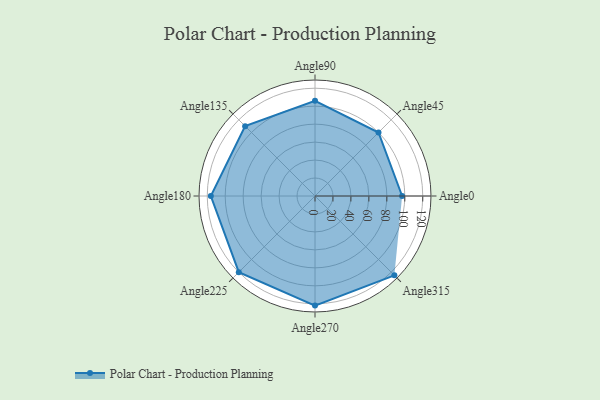
{"axis": {"x": "Angle", "y": "Radius"}, "legend": [""], "data": [{"x": "Angle0", "y": 97.0, "type": ""}, {"x": "Angle45", "y": 100.0, "type": ""}, {"x": "Angle90", "y": 106.0, "type": ""}, {"x": "Angle135", "y": 110.0, "type": ""}, {"x": "Angle180", "y": 116.0, "type": ""}, {"x": "Angle225", "y": 120.0, "type": ""}, {"x": "Angle270", "y": 122.0, "type": ""}, {"x": "Angle315", "y": 125.0, "type": ""}]}